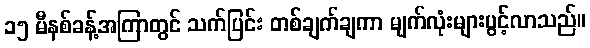
၁၅ မီနစ်ခန့်အကြာတွင် သက်ပြင်း တစ်ချက်ချကာ မျက်လုံးများပွင့်လာသည်။